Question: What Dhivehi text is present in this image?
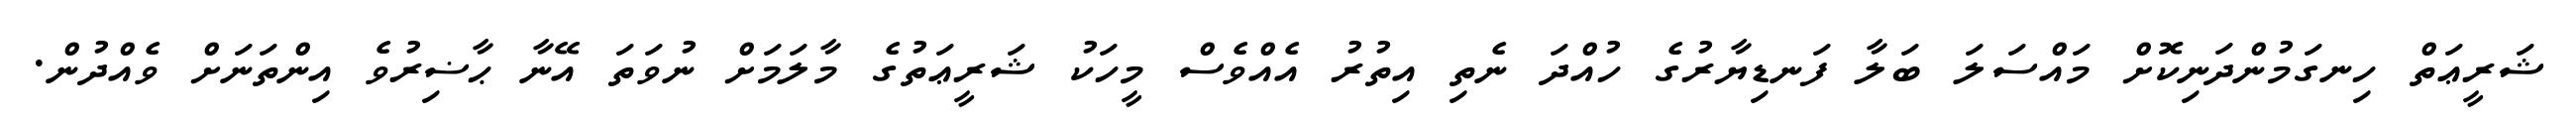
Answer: ޝަރީޢަތް ހިނގަމުންދަނިކޮށް މައްސަލަ ބަލާ ފަނޑިޔާރުގެ ހުއްދަ ނެތި އިތުރު އެއްވެސް މީހަކު ޝަރީޢަތުގެ މާލަމަށް ނުވަތަ އޭނާ ޙާޟިރުވެ އިންތަނަށް ވެއްދުން.